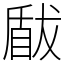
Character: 瞂